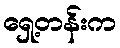
ရှေ့တန်းက